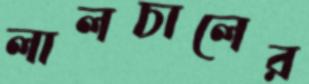
লালচালের